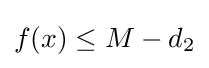
f(x)\leq M-d_{2}